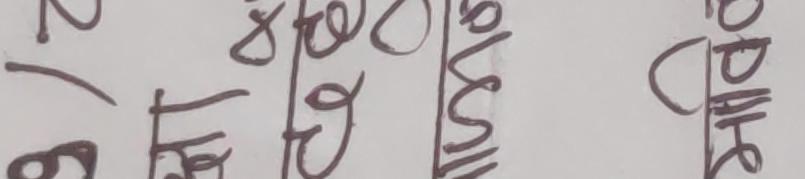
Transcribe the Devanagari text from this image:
९ मिनेट ४० सेकन्ड DHRC